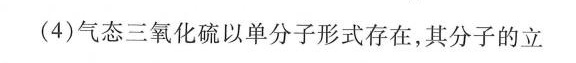
(4)气态三氧化硫以单分子形式存在，其分子的立